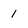
Character: 1